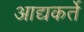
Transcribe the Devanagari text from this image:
आद्यकर्ते